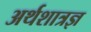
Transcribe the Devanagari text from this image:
अर्थशात्रज्ञ